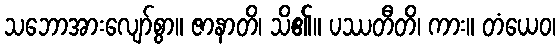
သဘောအားလျော်စွာ။ ဇာနာတိ၊ သိ၏။ ပဿတီတိ၊ ကား။ တံယေဝ၊